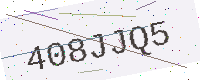
Text: 408JJQ5